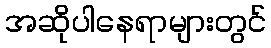
အဆိုပါနေရာများတွင်